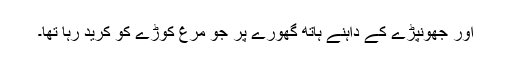
اور جھونپڑے کے داہنے ہاتھ گھُورے پر جو مُرغ کوڑے کو کُرید رہا تھا۔